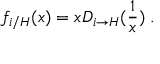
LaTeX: f _ { i / H } ( x ) = x D _ { i \to H } ( { \frac { 1 } { x } } ) \; .